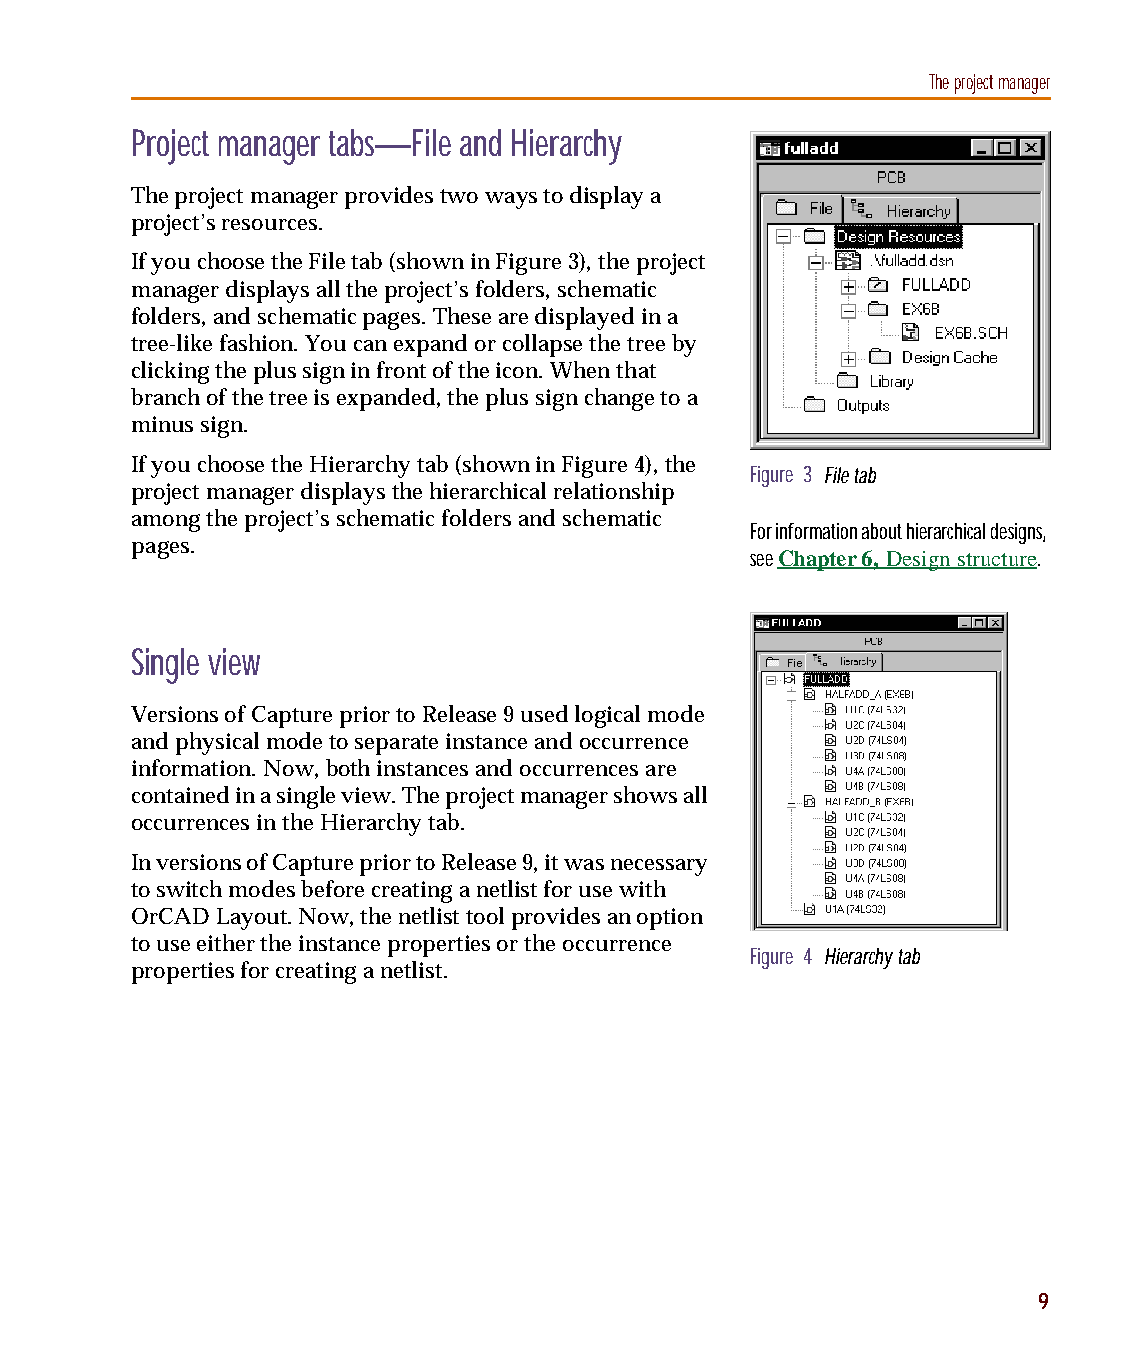
capug.book Page 9 Thursday, November 12, 1998 3:38 PM
 The project manager
 Project manager tabs—File and Hierarchy
 The project manager provides two ways to display a
 project’s resources.
 If you choose the File tab (shown in Figure3), the project
 manager displays all the project’s folders, schematic
 folders, and schematic pages. These are displayed in a
 tree-like fashion. You can expand or collapse the tree by
 clicking the plus sign in front of the icon. When that
 branch of the tree is expanded, the plus sign change to a
 minus sign.
 If you choose the Hierarchy tab (shown in Figure4), the
 Figure 3 File tab
 project manager displays the hierarchical relationship
 among the project’s schematic folders and schematic
 For information about hierarchical designs,
 pages.
 see Chapter 6, Design structure.
 Single view
 Versions of Capture prior to Release 9 used logical mode
 and physical mode to separate instance and occurrence
 information. Now, both instances and occurrences are
 contained in a single view. The project manager shows all
 occurrences in the Hierarchy tab.
 In versions of Capture prior to Release 9, it was necessary
 to switch modes before creating a netlist for use with
 OrCAD Layout. Now, the netlist tool provides an option
 to use either the instance properties or the occurrence
 Figure 4 Hierarchy tab
 properties for creating a netlist.
 9